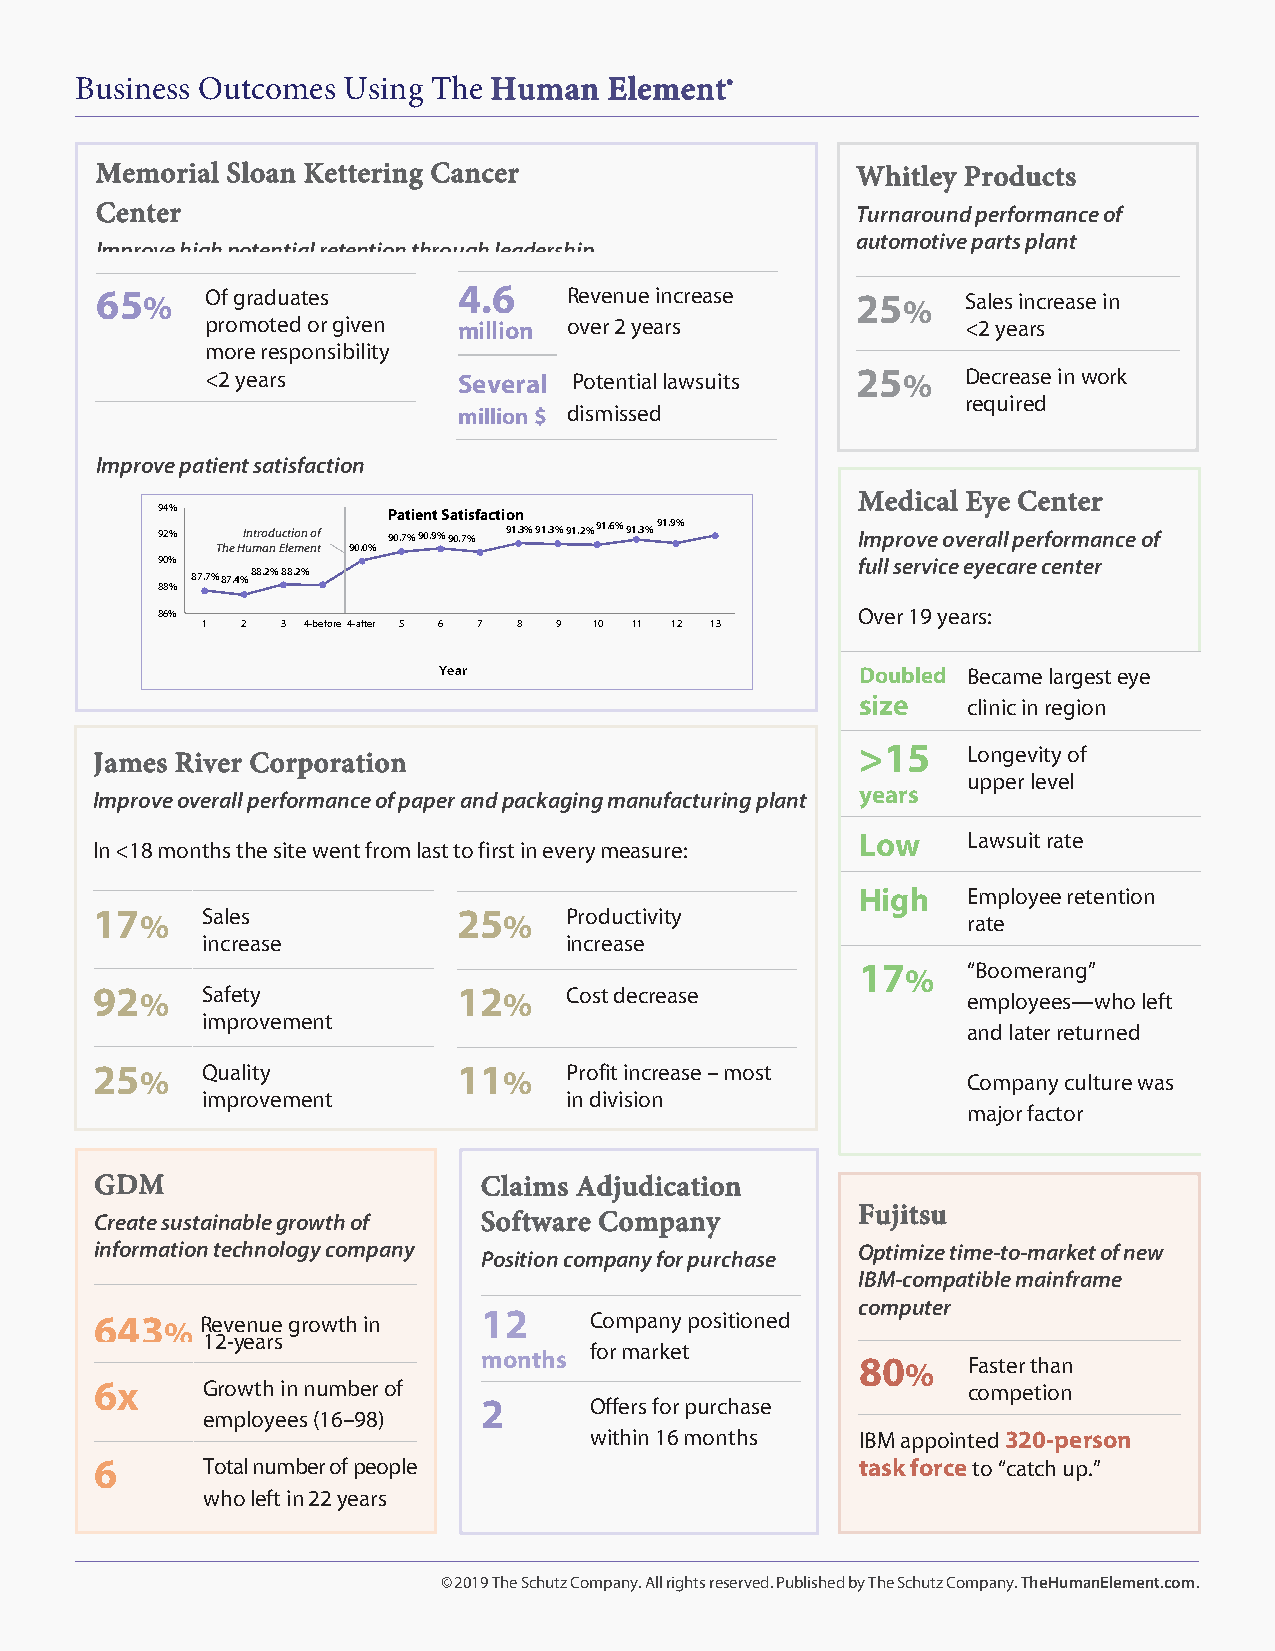
Business Outcomes Using The Human  Element®
 Memorial Sloan Kettering Cancer                    Whitley Products
 Center                                             Turnaround performance of
 automotive parts plant
 Improve high potential retention through leadership
 65 %    Of graduates    4.6     Revenue increase   25 %   Sales increase in
 promoted or given million over 2 years            <2 years
 more responsibility
 <2 years        Several Potential lawsuits 25 %   Decrease in work
 required
 million $ dismissed
 Improve patient satisfaction
 Medical Eye Center
 94%             Patient Satisfaction
 92%   Introduction of 90.7% 90.9% 90.7% 91.3% 91.3% 91.2% 91.6% 91.3% 91.9% Improve overall performance of
 The Human Element 90.0%
 90%                                            full service eyecare center
 87.7% 87.4% 88.2% 88.2%
 88%
 86%                                            Over 19 years:
 1  2  3 4-before 4-after 5 6 7 8 9 10 11 12 13
 Year                        Doubled Became largest eye
 size   clinic in region
 James River Corporation                            >15    Longevity of
 upper level
 years
 Improve overall performance of paper and packaging manufacturing plant
 Low    Lawsuit rate
 In <18 months the site went from last to first in every measure:
 High   Employee retention
 17 %   Sales            25 %   Productivity               rate
 increase                increase
 17 %   “Boomerang”
 92 %   Safety           12 %   Cost decrease              employees—who left
 improvement
 and later returned
 25 %   Quality          11 %   Profit increase – most     Company culture was
 improvement             in division
 major factor
 GDM                       Claims Adjudication
 Fujitsu
 Create sustainable growth of Software Company
 information technology company                     Optimize time-to-market of new
 Position company for purchase
 IBM-compatible mainframe
 computer
 643  % Revenue growth in  12     Company positioned
 12-years
 for market
 months                   80 %   Faster than
 6x     Growth in number of                                competion
 2      Offers for purchase
 employees (16–98)
 within 16 months  IBM appointed 320-person
 6      Total number of people                      task force to “catch up.”
 who left in 22 years
 © 2019 The Schutz Company. All rights reserved. Published by The Schutz Company. TheHumanElement.com.